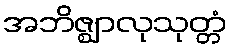
အဘိဇ္ဈာလုသုတ္တံ